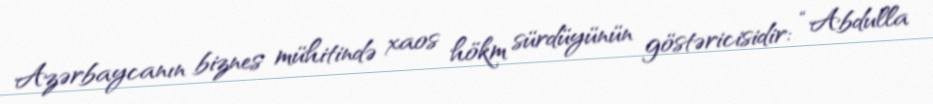
Azərbaycanın biznes mühitində xaos hökm sürdüyünün göstəricisidir: “Abdulla